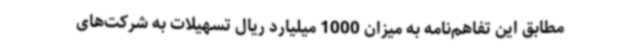
مطابق این تفاهم‌نامه به میزان 1000 میلیارد ریال تسهیلات به شرکت‌های